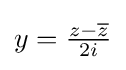
\textstyle y={\frac {z-{\overline {z}}}{2i}}